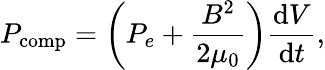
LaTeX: P_{\mathrm{comp}}=\left(P_{e}+\frac{B^{2}}{2\mu_{0}}\right)\frac{\mathrm{d}V}{\mathrm{d}t},